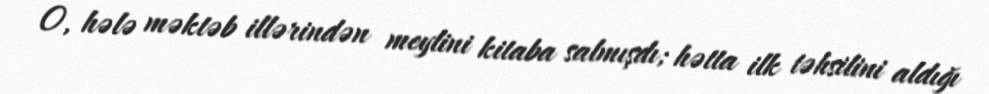
O, hələ məktəb illərindən meylini kitaba salmışdı; hətta ilk təhsilini aldığı